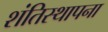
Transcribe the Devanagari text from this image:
शंतिस्थापना